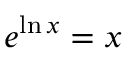
e ^ { \ln x } = x